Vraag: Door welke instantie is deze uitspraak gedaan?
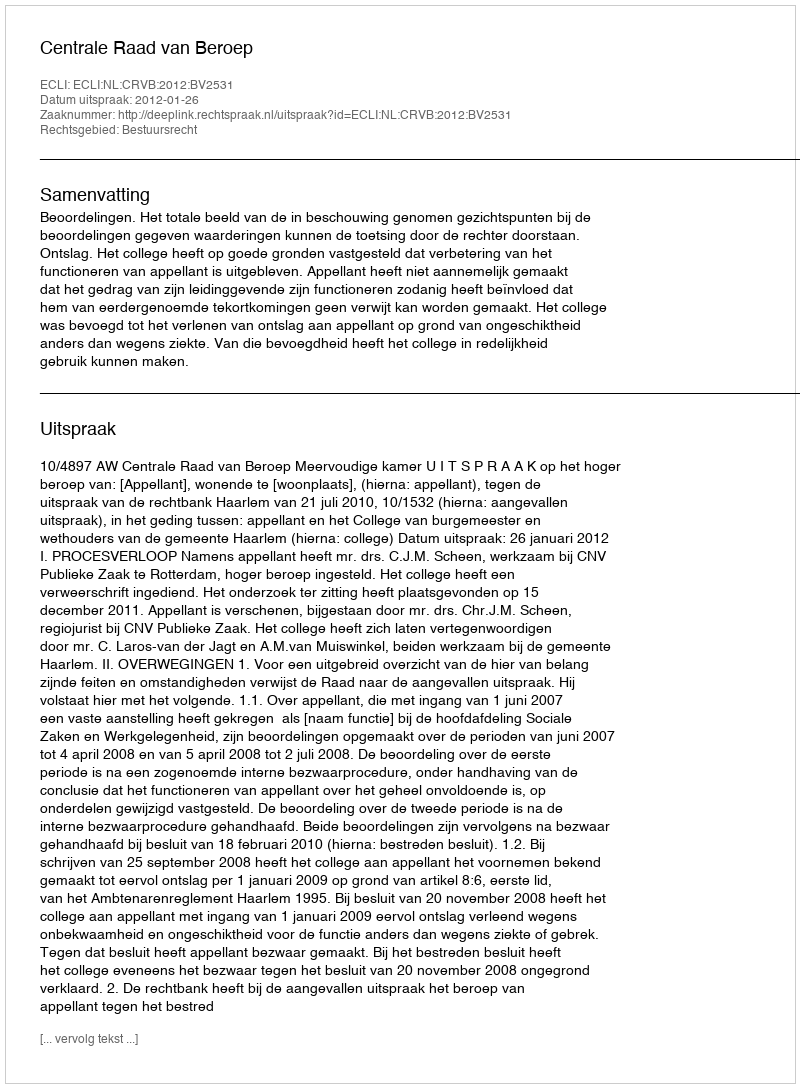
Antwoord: Centrale Raad van Beroep